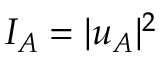
I _ { A } = | u _ { A } | ^ { 2 }